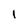
Character: 1